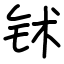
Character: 𬬸